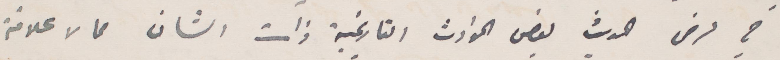
في عرض الحديث بعض الحوادث التاريخية ذات الشأن مما لا علاقة